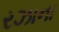
રઝાના